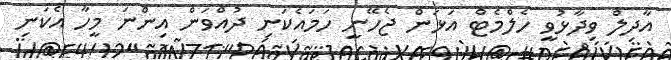
އާދިލް ވިދާޅުވީ ހެލްމެޓް އަޅަން ޖެހޭނީ ހަމައެކަނި ދުއްވަން އިންނަ މީހާ އެކަނި